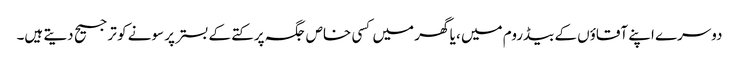
دوسرے اپنے آقاؤں کے بیڈروم میں ، یا گھر میں کسی خاص جگہ پر کتے کے بستر پر سونے کو ترجیح دیتے ہیں۔